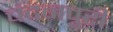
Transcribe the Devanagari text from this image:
चंदनपुरी